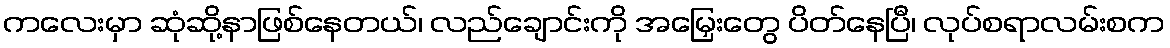
ကလေးမှာ ဆုံဆို့နာဖြစ်နေတယ်၊ လည်ချောင်းကို အမြှေးတွေ ပိတ်နေပြီ၊ လုပ်စရာလမ်းစက